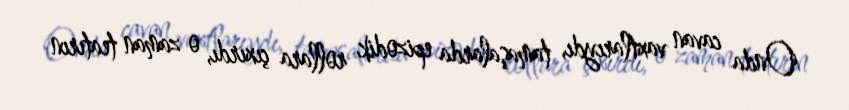
Onda cavan vaxtlarıydı, tamaşalarda epizodik rollara çıxırdı, o zaman teatırın